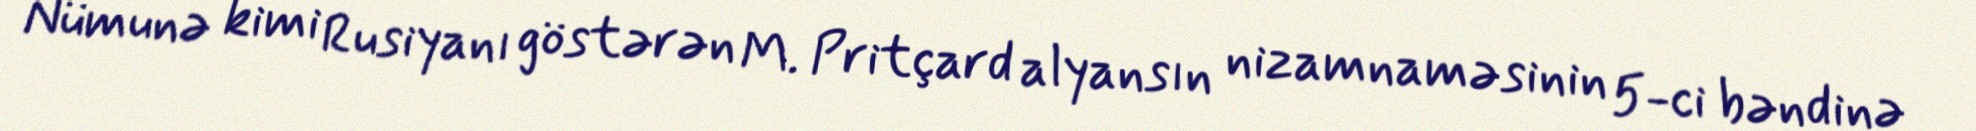
Nümunə kimi Rusiyanı göstərən M. Pritçard alyansın nizamnaməsinin 5-ci bəndinə